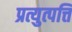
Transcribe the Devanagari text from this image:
प्रत्युत्पत्ति